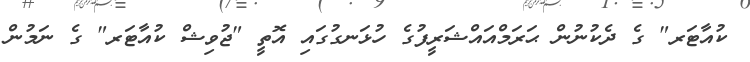
ކުއާޓަރ" ގެ ދެކުނުން ޙަރަމްއައްޝަރީފުގެ ހުޅަނގުގައި އޮތީ "ޖުވިޝް ކުއާޓަރ" ގެ ނަމުން